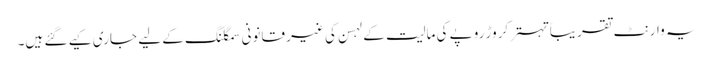
یہ وارنٹ تقریباً تہتر کروڑ روپے کی مالیت کے لہسن کی غیر قانونی سمگلنگ کے لیے جاری کیے گئے ہیں۔